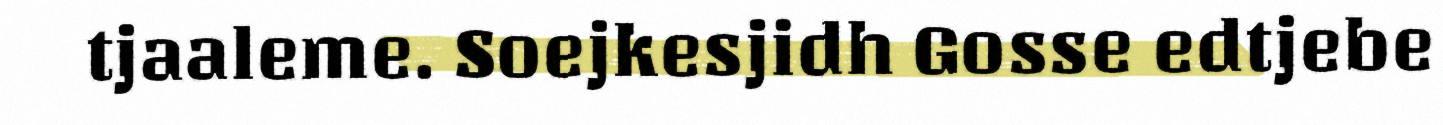
tjaaleme. Soejkesjidh Gosse edtjebe